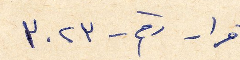
قرار رقم - ٣٠٢٣